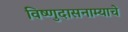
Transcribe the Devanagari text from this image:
विष्णुदासनाम्याचे